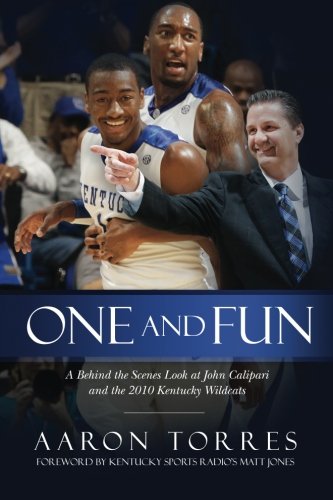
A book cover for One and Fun: A Behind the Scenes Look at John Calipari and the 2010 Kentucky Wildcats; Aaron Torres; Sports & Outdoors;